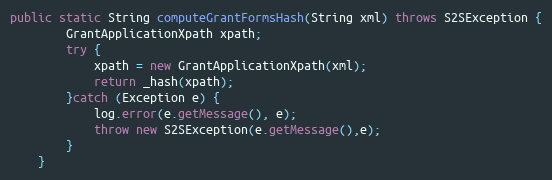
Language: Java
public static String computeGrantFormsHash(String xml) throws S2SException {
		GrantApplicationXpath xpath;
        try {
            xpath = new GrantApplicationXpath(xml);
            return _hash(xpath);
        }catch (Exception e) {
            log.error(e.getMessage(), e);
            throw new S2SException(e.getMessage(),e);
        }
	}